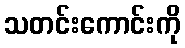
သတင်းကောင်းကို